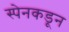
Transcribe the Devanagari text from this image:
स्पेनकडून